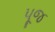
પૂજ